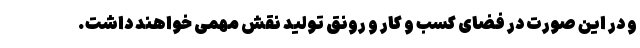
و در این صورت در فضای کسب و کار و رونق تولید نقش مهمی خواهند داشت.